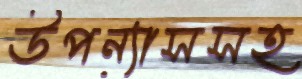
উপন্যাসসহ